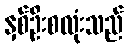
နှစ်ဦးစလုံးသည်